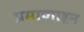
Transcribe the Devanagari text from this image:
प्रमाणाहून